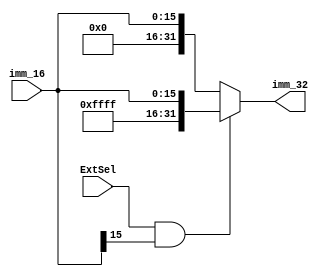
`timescale 1ns / 1ps
//////////////////////////////////////////////////////////////////////////////////
// Company: 
// Engineer: 
// 
// Design Name: 
// Module Name: Sign_zero_extend
// Project Name: 
// Target Devices: 
// Tool Versions: 
// Description: 
// 
// Dependencies: 
// 
// Revision:
// Revision 0.01 - File Created
// Additional Comments:
// 
//////////////////////////////////////////////////////////////////////////////////


module Sign_zero_extend(
    input [15:0] imm_16,
    input ExtSel,
    output [31:0] imm_32
    );
    assign imm_32=(ExtSel==1'b1 && imm_16[15]==1'b1)?{16'hffff,imm_16}:{16'b0,imm_16};
endmodule